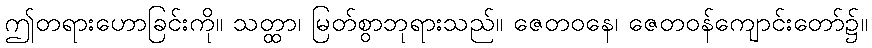
ဤတရားဟောခြင်းကို။ သတ္ထာ၊ မြတ်စွာဘုရားသည်။ ဇေတဝနေ၊ ဇေတဝန်ကျောင်းတော်၌။